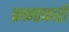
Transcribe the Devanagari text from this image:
क्रान्तकारी